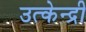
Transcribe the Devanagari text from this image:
उत्केन्द्री